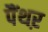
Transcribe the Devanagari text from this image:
पैंथऱ